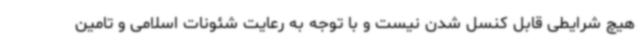
هیچ شرایطی قابل کنسل شدن نیست و با توجه به رعایت شئونات اسلامی و تامین